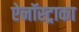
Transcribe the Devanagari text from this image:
ऐनॉस्ट्राका